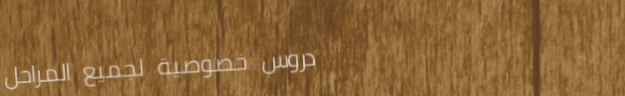
دروس خصوصية لجميع المراحل